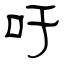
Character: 吁